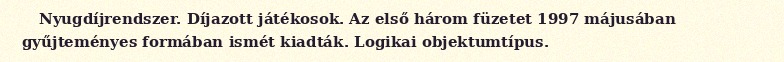
Nyugdíjrendszer. Díjazott játékosok. Az első három füzetet 1997 májusában gyűjteményes formában ismét kiadták. Logikai objektumtípus.